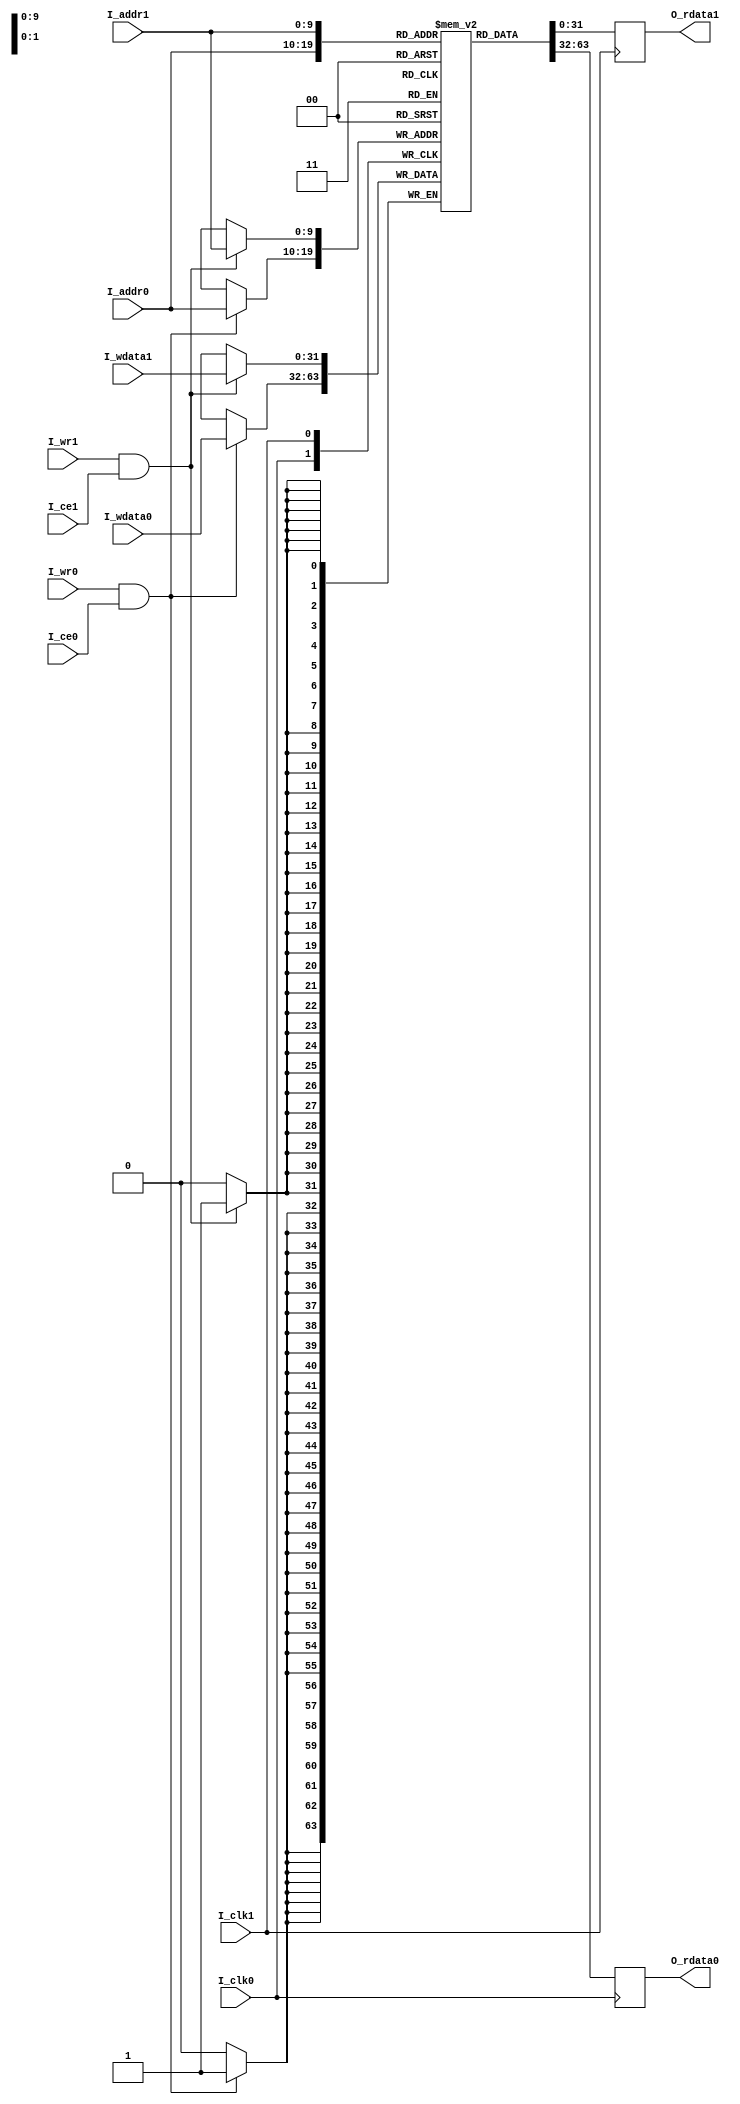
//FILE_HEADER-----------------------------------------------------------------
//ZTE  Copyright (C)
//ZTE Company Confidential
//----------------------------------------------------------------------------
//Project Name : cnna
//Department   : Technical Planning Department/System Products/ZTE
//----------------------------------------------------------------------------
//Module Hiberarchy :
//        |--U01_dpram
//        |--U02_axim_wddr
// cnna --|--U03_axis_reg
//        |--U04_main_process
//----------------------------------------------------------------------------
//Relaese History :
//----------------------------------------------------------------------------
//Version         Date           Author        Description
// 1.1           july-30-2019                    
//----------------------------------------------------------------------------
//Main Function:
//a)Get the data from ddr chip using axi master bus
//b)Write it to the ibuf ram
//----------------------------------------------------------------------------
//REUSE ISSUES: none
//Reset Strategy: synchronization 
//Clock Strategy: one common clock 
//Critical Timing: none 
//Asynchronous Interface: none 
//END_HEADER------------------------------------------------------------------
`timescale 1 ns / 100 ps
module dpram #(
parameter   
    MEM_STYLE  = "block",
    DSIZE = 32          ,
    ASIZE = 10      
)(
input                               I_clk0          ,
input       [ASIZE-1             :0]I_addr0         ,
input       [DSIZE-1             :0]I_wdata0        ,
input                               I_ce0           ,
input                               I_wr0           ,
output reg  [DSIZE-1             :0]O_rdata0        ,
input                               I_clk1          ,
input       [ASIZE-1             :0]I_addr1         ,
input       [DSIZE-1             :0]I_wdata1        ,
input                               I_ce1           ,
input                               I_wr1           ,
output reg  [DSIZE-1             :0]O_rdata1         
);

initial begin
#0  O_rdata0 <= {DSIZE{1'b0}};
#0  O_rdata1 <= {DSIZE{1'b0}};
end

localparam DEPTH = 1 << ASIZE;
(* ram_style=MEM_STYLE *)reg [DSIZE-1:0] mem [0:DEPTH-1];

always @(posedge I_clk0)begin
    if(I_wr0 && I_ce0)begin
        mem[I_addr0] <= I_wdata0;
    end
end

always @(posedge I_clk0)begin
    O_rdata0 <= mem[I_addr0]    ;
end

always @(posedge I_clk1)begin
    if(I_wr1 && I_ce1)begin
        mem[I_addr1] <= I_wdata1;
    end
end

always @(posedge I_clk1)begin
    O_rdata1 <= mem[I_addr1]    ;
end

endmodule